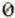
0